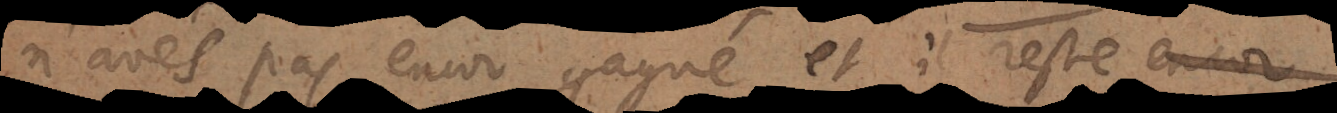
n’avés pas encor gagné et il reste encor